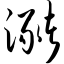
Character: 潴